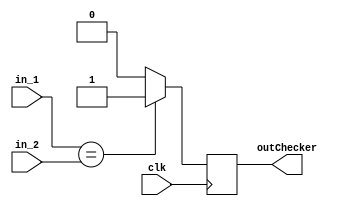
module checker (
    output reg outChecker,
    input [4:0] in_1,
    input [4:0] in_2,
    input clk);

    always @ (posedge clk) 
        begin
            if (in_1[4:0] == in_2[4:0])
                outChecker <= 1;
            else
                outChecker <= 0;
        end
endmodule